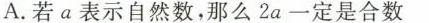
A.若a表示自然数，那么2a一定是合数